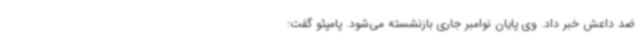
ضد داعش خبر داد. وی پایان نوامبر جاری بازنشسته می‌شود. پامپئو گفت: